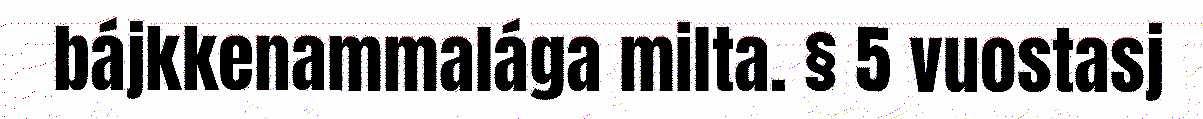
bájkkenammalága milta. § 5 vuostasj